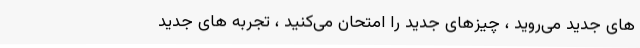
های جدید می‌روید ، چیزهای جدید را امتحان می‌کنید ، تجربه های جدید